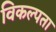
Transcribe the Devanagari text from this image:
विकल्पता